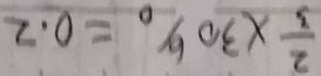
\frac { 2 } { 3 } \times 3 0 \% = 0 . 2